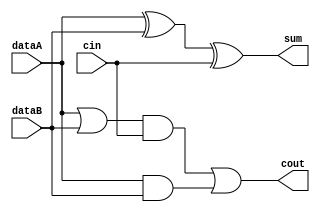
module Adder_1bit( dataA, dataB, cin, sum, cout );

input dataA, dataB, cin;
output sum, cout;

wire e1, e2, e3, e4;

// get sum
xor xor1( e1, dataA, dataB );
xor xor2( sum, e1, cin );

// get cout
or or1( e2, dataA, dataB );
and and1( e3, e2, cin );
and and2( e4, dataA, dataB );
or or2( cout, e3, e4 );

endmodule